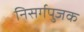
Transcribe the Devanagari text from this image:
निसर्गपुजक